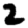
Digit: 2